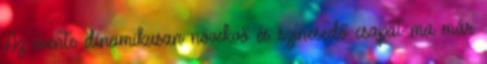
Az évente dinamikusan növekvő és színesedő csapat ma már